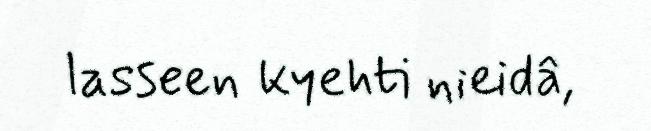
lasseen kyehti nieidâ,